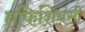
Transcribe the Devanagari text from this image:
एफिशियंसी